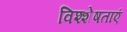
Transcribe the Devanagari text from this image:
विश्शेषताएं